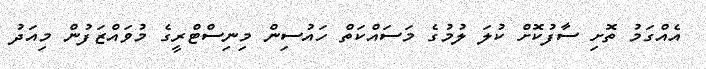
އެއްގަމު ތޮށި ސާފުކޮށް ކުލަ ލުމުގެ މަސައްކަތް ހައުސިން މިނިސްޓްރީގެ މުވައްޒަފުން މިއަދު